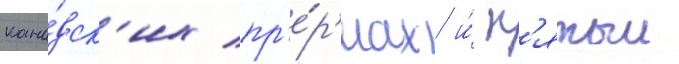
кана́дск'их пр'е́р'иах и́ п'ятыи